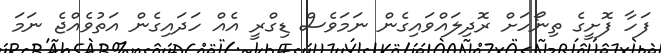
ފަހާ ފޮށީގެ ތިނޯހަށް ރޮދިލައްވައިގެން ނަމަވެސް ޑިގްރީ އެއް ހަދައިގެން އަތުވެއްޖެ ނަމަ